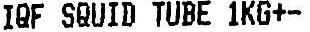
IQF SQUID TUBE 1KG+-